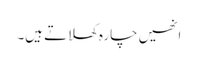
انھیں چارہ کھلاتے ہیں۔